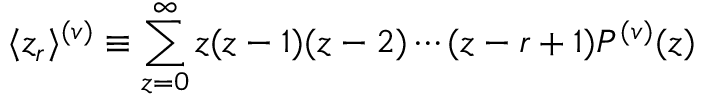
\langle z _ { r } \rangle ^ { ( v ) } \equiv \sum _ { z = 0 } ^ { \infty } z ( z - 1 ) ( z - 2 ) \cdots ( z - r + 1 ) P ^ { ( v ) } ( z )